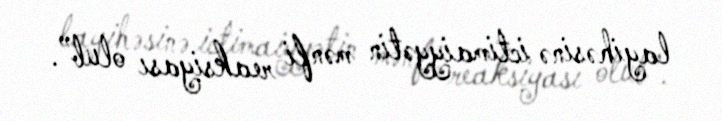
layihəsinə ictimaiyyətin mənfi reaksiyası olub”.